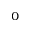
^ 0